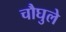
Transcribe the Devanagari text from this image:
चौघुले